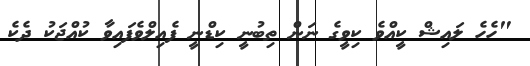
"ހެހެ ލައިޝް ކީއްވެ ކިވީގެ ނަން ތިބުނީ ކިޑްނީ ފެއިލްވެފައިވާ ކުއްޖަކު ދެކެ